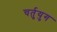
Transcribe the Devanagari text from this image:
चर्तुयुग